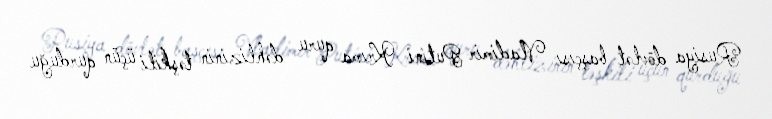
Rusiya dövlət başçısı Vladimir Putini Krıma quru dəhlizinin təşkili üçün qurduğu